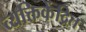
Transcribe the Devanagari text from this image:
व्यक्तिकेंद्रित